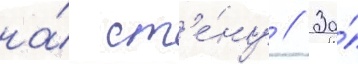
на́ ст'е́ну // За́